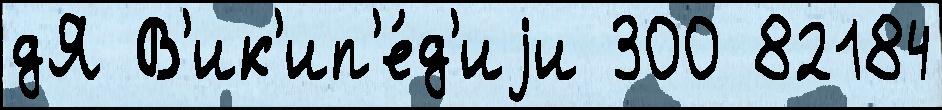
дЯ В'ик'ип'е́д'иjи 300 82184